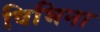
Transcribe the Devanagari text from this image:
विभिना